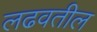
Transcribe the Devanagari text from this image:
लढवतील